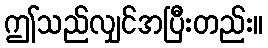
ဤသည်လျှင်အပြီးတည်း။